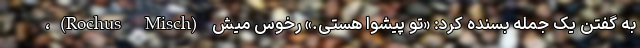
به گفتن یک جمله بسنده کرد: «تو پیشوا هستی.» رُخوس میش (Rochus Misch)،